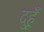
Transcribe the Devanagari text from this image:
दुहूँ